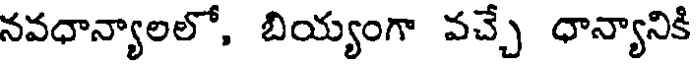
నవధాన్యాలలో, బియ్యంగా వచ్చే ధాన్యానికి